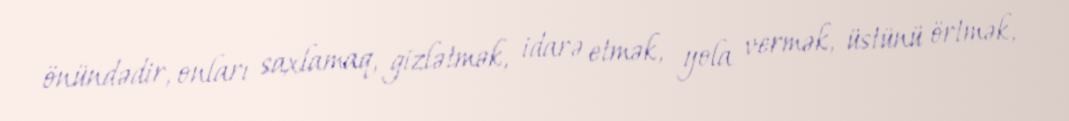
önündədir, onları saxlamaq, gizlətmək, idarə etmək, yola vermək, üstünü örtmək,